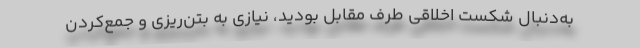
به‌دنبال شکست اخلاقی طرف مقابل بودید، نیازی به بتن‌ریزی و جمع‌کردن